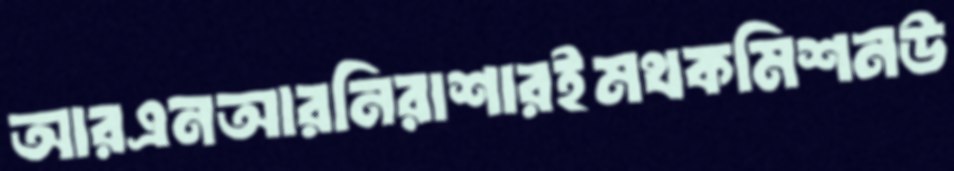
আরএনআরনিরাশারইমথকমিশনউ